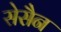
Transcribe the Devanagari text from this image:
सेसैन